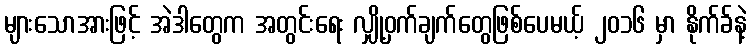
များသောအားဖြင့် အဲဒါတွေက အတွင်းရေး လျှို့ဝှက်ချက်တွေဖြစ်ပေမယ့် ၂၀၁၆ မှာ နိုက်ခ်နဲ့